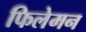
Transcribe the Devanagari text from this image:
फिलेमन